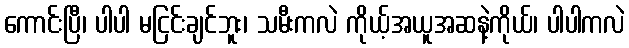
ကောင်းပြီ၊ ပါပါ မငြင်းချင်ဘူး၊ သမီးကလဲ ကိုယ့်အယူအဆနဲ့ကိုယ်၊ ပါပါကလဲ